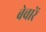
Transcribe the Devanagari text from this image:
बेचारें